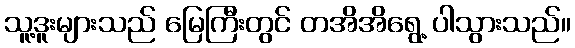
သူ့ဒူးများသည် မြေကြီးတွင် တအိအိရွေ့ ပါသွားသည်။